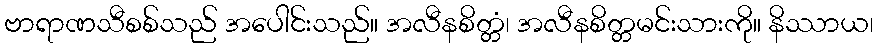
ဗာရာဏသီစစ်သည် အပေါင်းသည်။ အလီနစိတ္တံ၊ အလီနစိတ္တမင်းသားကို။ နိဿာယ၊